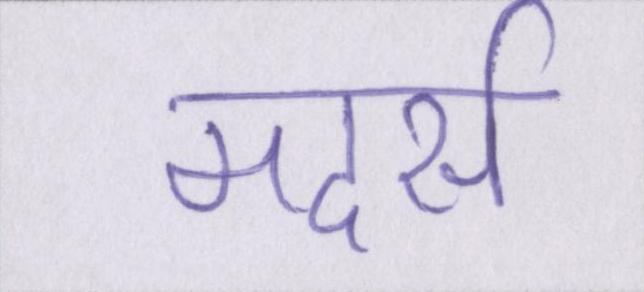
मदर्स